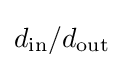
d_{\textrm {in}}/d_{\textrm {out}}